Leprosy in India: report of the Leprosy Commission in India, 1890-91
Year: 1890
Disease focus: Leprosy
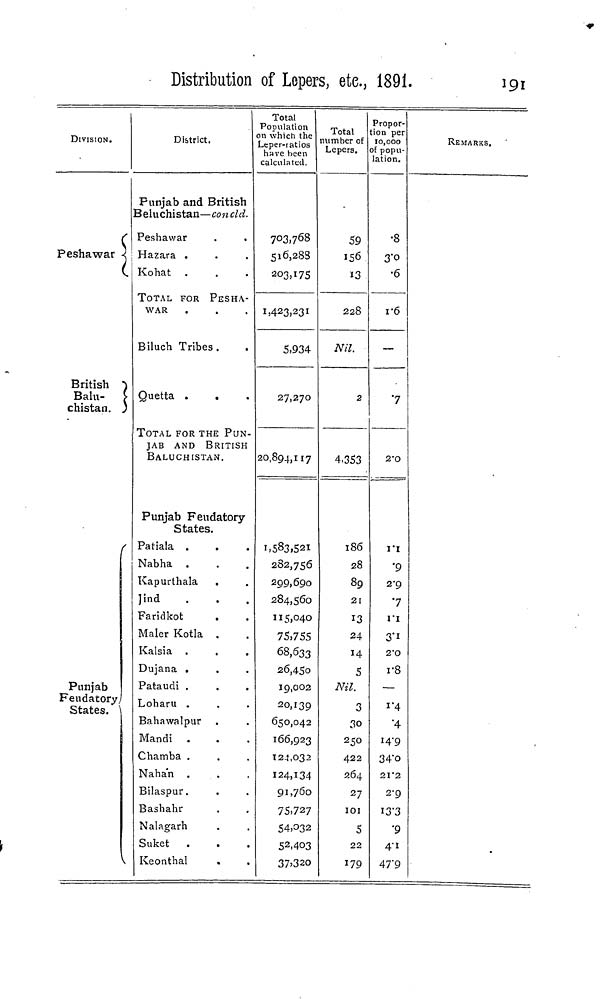
Distribution of Lepers, etc, 1891.
191
DIVISION.
Peshawar • <
British )
Balu- [
chistan. )
f
Punjab
Feudatory,
States. '
V
District.
Punjab and British
3eluchistan—concld.
Peshawar
.
.
Hazara .
Kohat .
TOTAL FOR PESHA-
WAR
Biluch Tribes.
Quetta .
TOTAL FOR THE PUN-
JAB AND BRITISH
BALUCHISTAN.
Punjab Feudatory-
States.
Patiala .
Nabha .
Kapurthala .
Jind
Faridkot
Maler Kotla .
Kalsia .
Dujana .
Pataudi .
Loharu .
Bahawalpur
Mandi .
Chamba .
Naha'n .
Bilaspur.
Bashahr
Nalagarh
Suket .
Keonthal
Total
Population
n which the
-eper-ratios
have been
calculated.
703,768
516,288
2O3,I7S
1,423,231
5,934
27,270
20,894,117
1.583,521
282,756
299,690
284,560
115,040
75,755
68,633
26,450
19,002
20,139
650,042
166,923
124,032
124,134
91,760
75,727
S4.O32
5 2 .4O3
37>32O
Total
number of
Lepers.
59
156
13
228
Nil.
2
4,353
186
28
89
21
13
24
14
5
Nil.
3
30
250
422
264
27
IOI
5
22
179
Propor-
:ion per
10,000
of popu-
lation.
•8
3"°•
6
i-6
—
7
2-O
I'l
•9
2-9
•7
I"I
3"i
2'0
r8
—
1 "4
•4
14-9
34"o
21*2
2-9
i3"3
•9
4 - i
47"9
REMARKS.